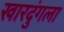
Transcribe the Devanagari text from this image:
खारदुंगला